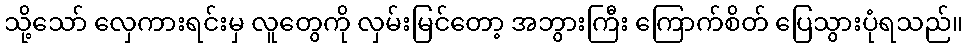
သို့သော် လှေကားရင်းမှ လူတွေကို လှမ်းမြင်တော့ အဘွားကြီး ကြောက်စိတ် ပြေသွားပုံရသည်။